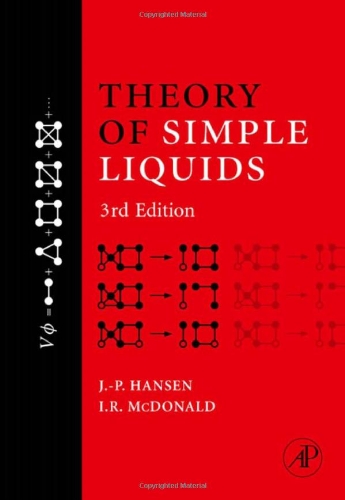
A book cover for Theory of Simple Liquids, Third Edition; Jean-Pierre Hansen; Science & Math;